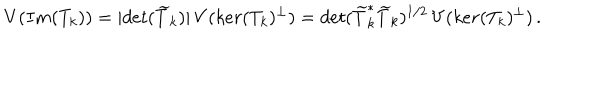
LaTeX: V ( I m ( T _ { k } ) ) = | d e t ( \widetilde { T } _ { k } ) | \, V ( k e r ( T _ { k } ) ^ { \perp } ) = d e t ( \widetilde { T } _ { k } ^ { * } \widetilde { T } _ { k } ) ^ { 1 / 2 } \, V ( k e r ( T _ { k } ) ^ { \perp } ) \, .